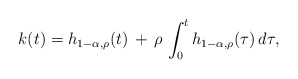
\begin{align*}k(t) = h_{1-\alpha,\rho}(t) \, +\, \rho\, \int_0^t h_{1-\alpha,\rho}(\tau)\, d\tau,\end{align*}